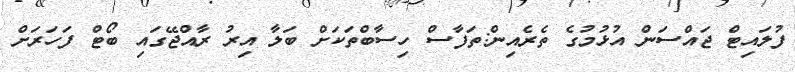
ފުލައިޓް ޖައްސަން އުޅުމުގެ ތެރެއިން:ތަފާސް ހިސާބްތަކަށް ބަލާ އިރު ރާއްޖޭގައި ބޯޓް ފަހަރަށް